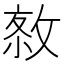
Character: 𢽮